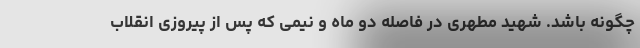
چگونه باشد. شهید مطهری در فاصله دو ماه و نیمی که پس از پیروزی انقلاب